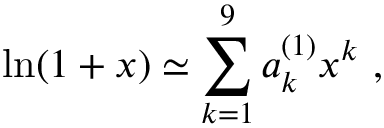
\ln ( 1 + x ) \simeq \sum _ { k = 1 } ^ { 9 } a _ { k } ^ { ( 1 ) } x ^ { k } ~ ,